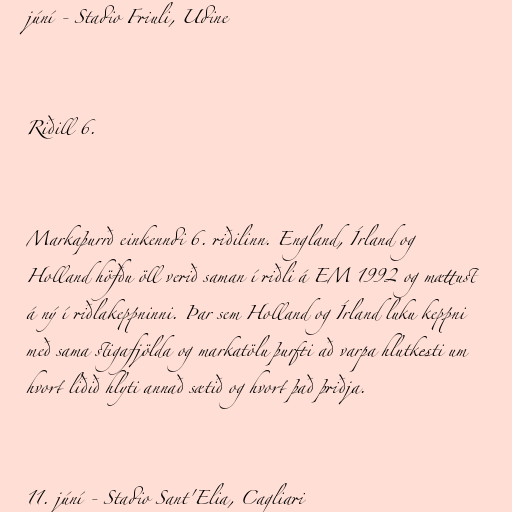
júní - Stadio Friuli, Udine

Riðill 6.

Markaþurrð einkenndi 6. riðilinn. England, Írland og
Holland höfðu öll verið saman í riðli á EM 1992 og mættust
á ný í riðlakeppninni. Þar sem Holland og Írland luku keppni
með sama stigafjölda og markatölu þurfti að varpa hlutkesti um
hvort liðið hlyti annað sætið og hvort það þriðja.

11. júní - Stadio Sant'Elia, Cagliari